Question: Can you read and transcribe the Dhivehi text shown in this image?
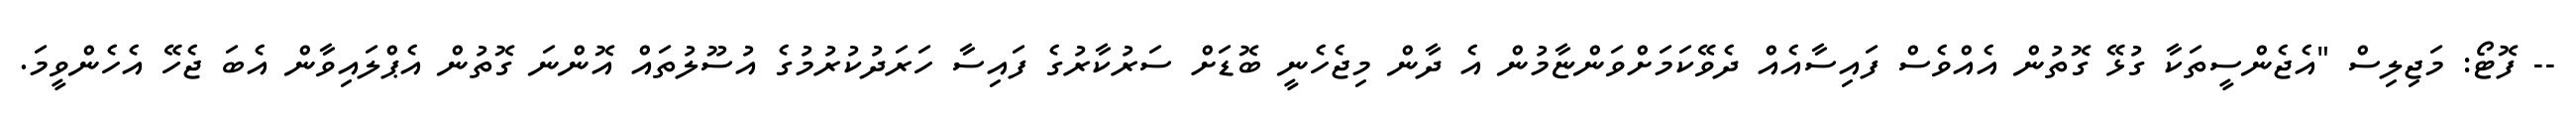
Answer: -- ފޮޓޯ: މަޖިލިސް "އެޖެންސީތަކާ ގުޅޭ ގޮތުން އެއްވެސް ފައިސާއެއް ދެވޭކަމަށްވަންޏާމުން އެ ދާން މިޖެހެނީ ބޮޑަށް ސަރުކާރުގެ ފައިސާ ހަރަދުކުރުމުގެ އުސޫލުތައް އޮންނަ ގޮތުން އެޕްލައިވާން އެބަ ޖެހޭ އެހެންވީމަ.